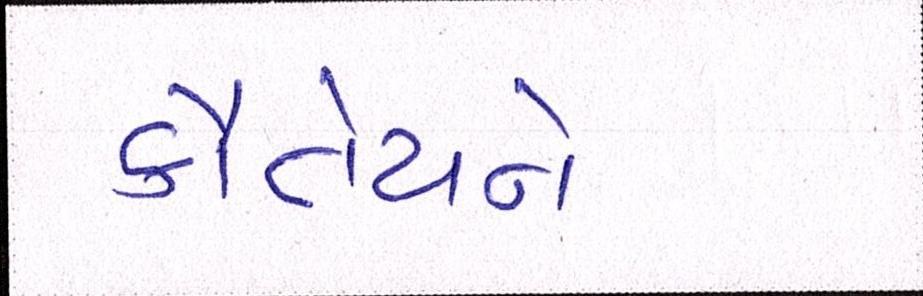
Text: કૌંતેયને